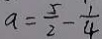
a = \frac { 5 } { 2 } - \frac { 1 } { 4 }